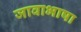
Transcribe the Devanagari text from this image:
जावाभाषा